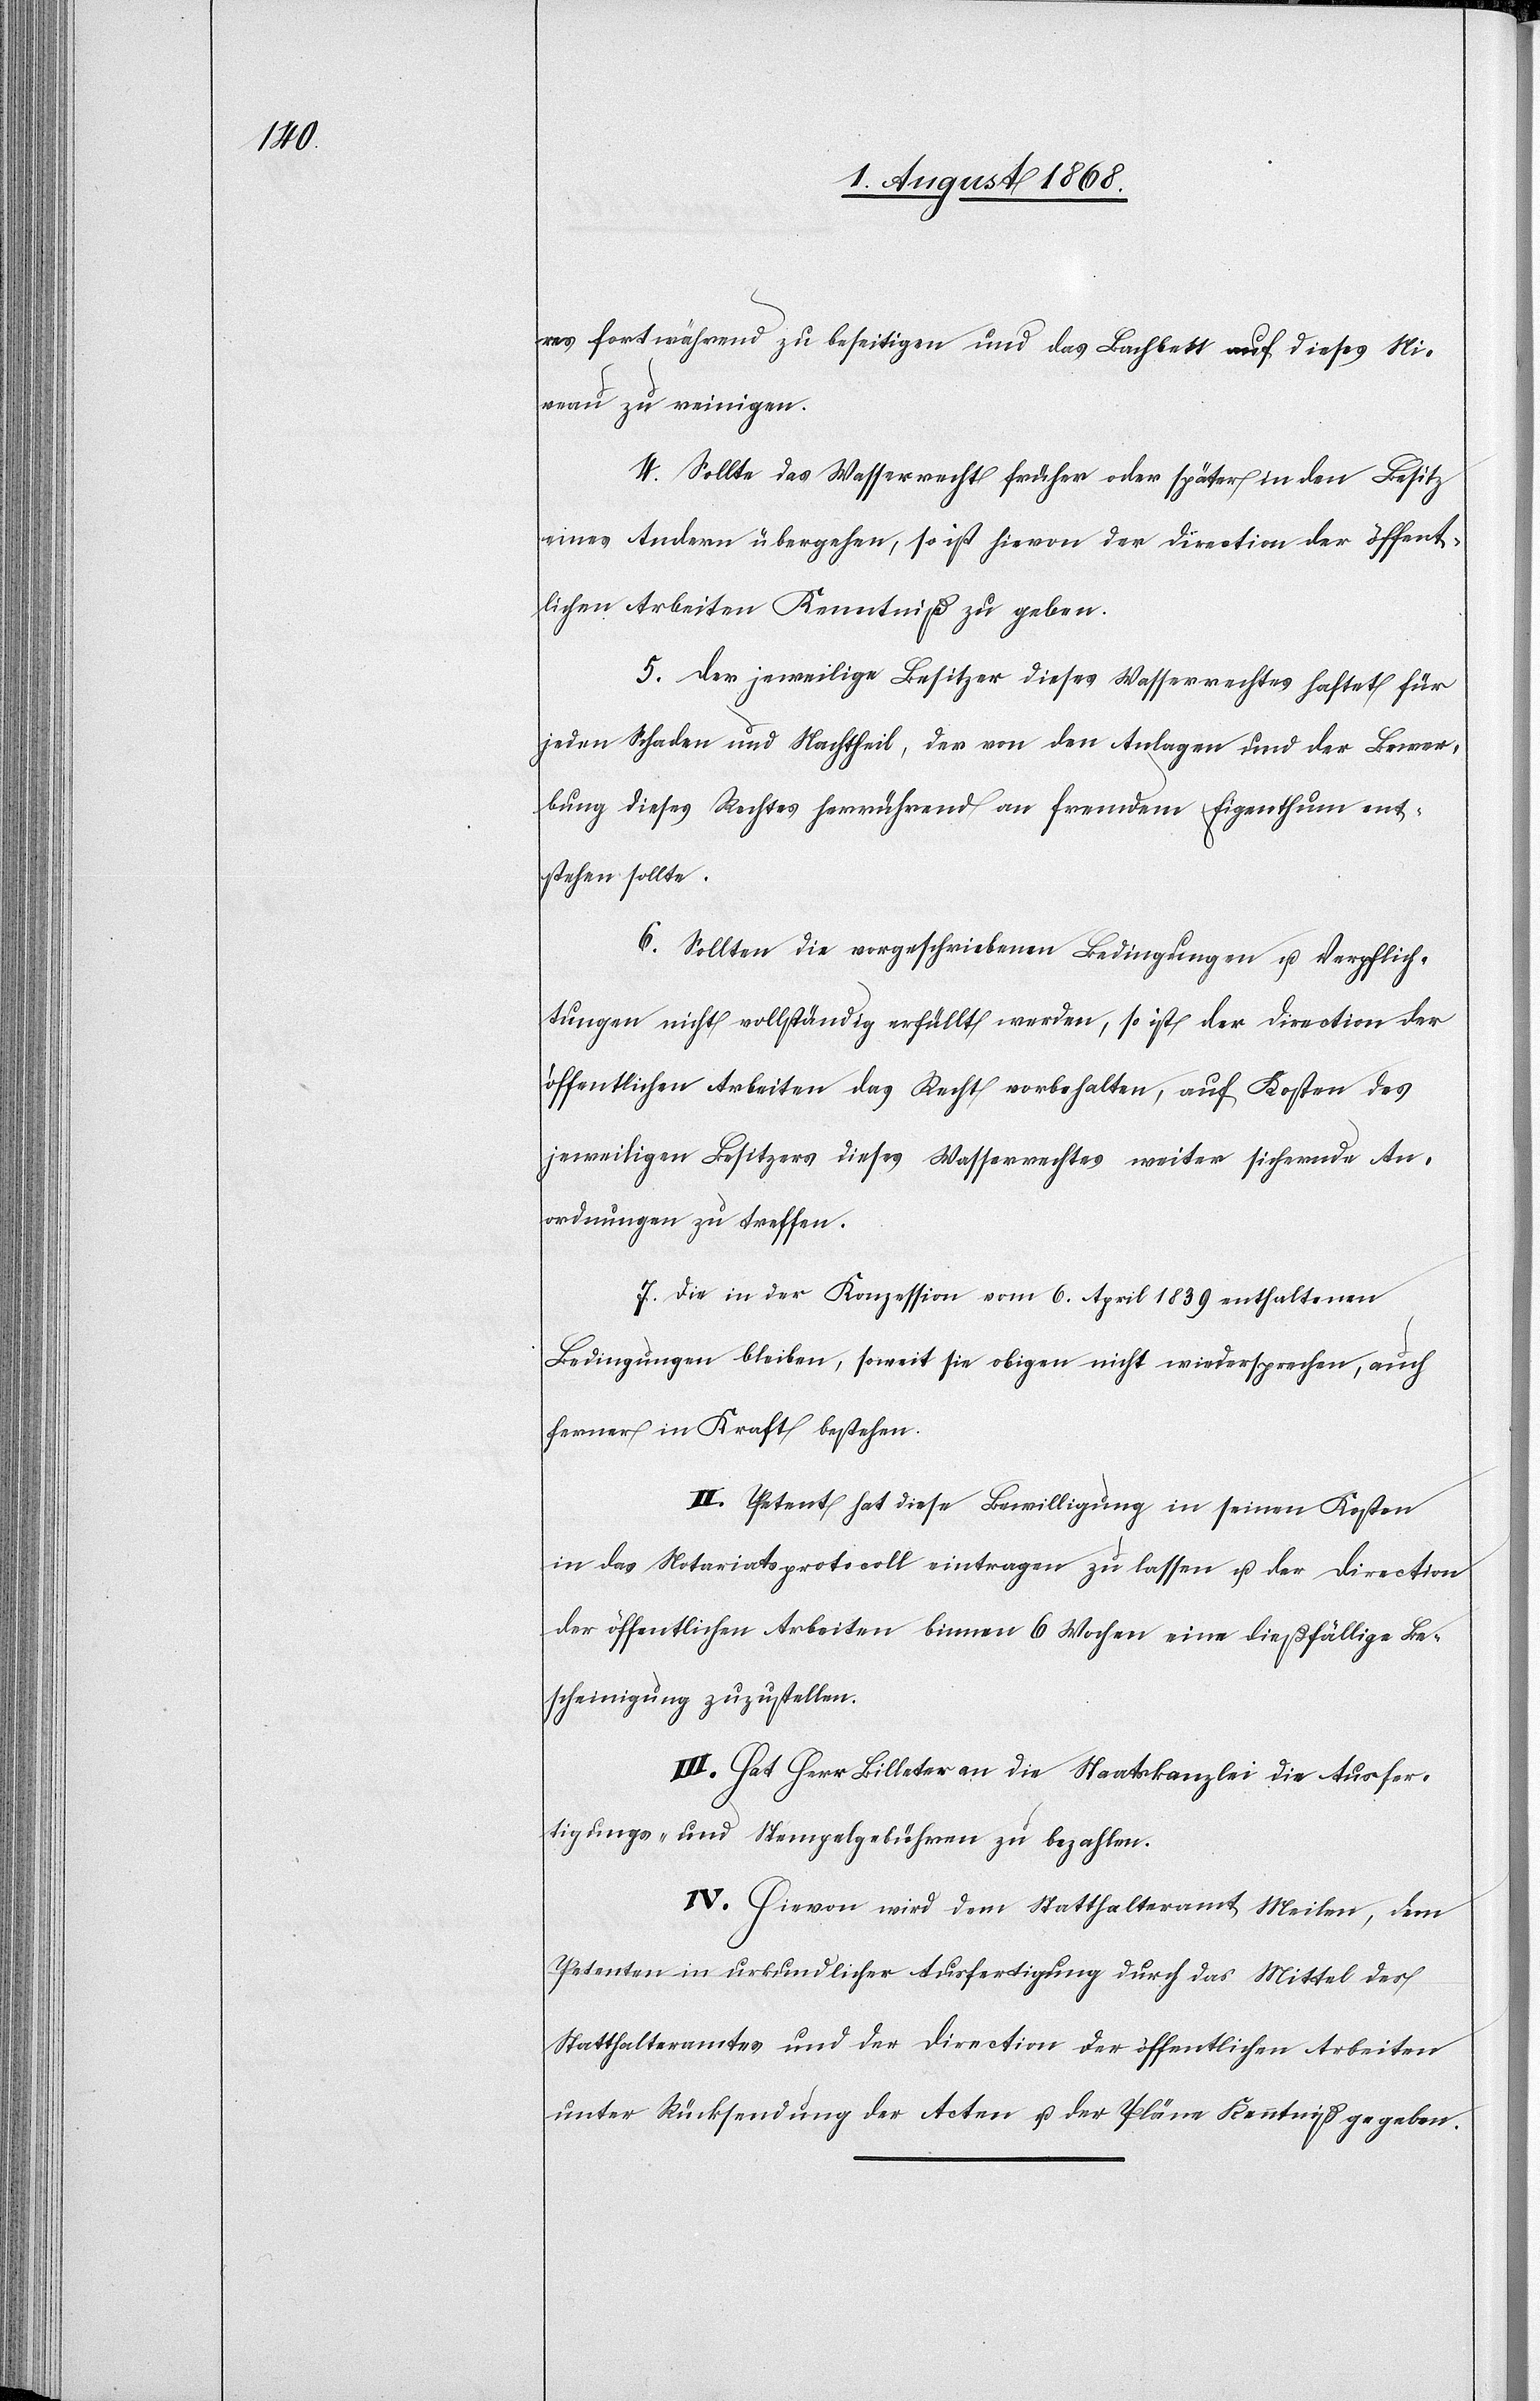
res fortwährend zu beseitigen und das Bachbett auf dieses Ni¬
veau zu reinigen.
4. Sollte das Wasserrecht früher oder später in den Besitz
eines Andern übergehen, so ist hievon der Direction der öffent¬
lichen Arbeiten Kenntniß zu geben.
5. Der jeweilige Besitzer dieses Wasserrechtes haftet für
jeden Schaden und Nachtheil, der von den Anlagen und der Bewer¬
bung dieses Rechtes herrührend an fremdem Eigenthum ent¬
stehen sollte.
6. Sollten die vorgeschriebenen Bedingungen u. Verpflich¬
tungen nicht vollständig erfüllt werden, so ist der Direction der
öffentlichen Arbeiten das Recht vorbehalten, auf Kosten des
jeweiligen Besitzers dieses Wasserrechtes weiter sichernde An¬
ordnungen zu treffen.
7. Die in der Konzession vom 6. April 1839 enthaltenen
Bedingungen bleiben, soweit sie obigen nicht wiedersprechen, auch
ferner in Kraft bestehen.
II. Petent hat diese Bewilligung in seinen Kosten
in das Notariatsprotocoll eintragen zu lassen u. der Direction
der öffentlichen Arbeiten binnen 6 Wochen eine dießfällige Be¬
scheinigung zuzustellen.
III. Hat Herr Billeter an die Staatskanzlei die Ausfer¬
tigungs- und Stempelgebühren zu bezahlen.
IV. Hievon wird dem Statthalteramt Meilen, dem
Petenten in urkundlicher Ausfertigung durch das Mittel des
Statthalteramtes und der Direction der öffentlichen Arbeiten
unter Rücksendung der Acten u. der Pläne Kenntniß gegeben.